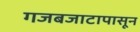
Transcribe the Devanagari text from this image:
गजबजाटापासून